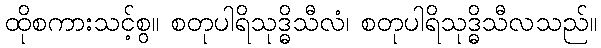
ထိုစကားသင့်စွ။ စတုပါရိသုဒ္ဓိသီလံ၊ စတုပါရိသုဒ္ဓိသီလသည်။